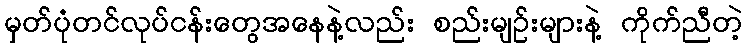
မှတ်ပုံတင်လုပ်ငန်းတွေအနေနဲ့လည်း စည်းမျဉ်းများနဲ့ ကိုက်ညီတဲ့